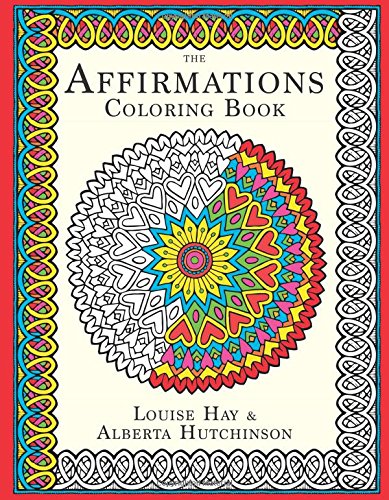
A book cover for The Affirmations Coloring Book; Louise Hay; Humor & Entertainment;